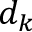
d _ { k }